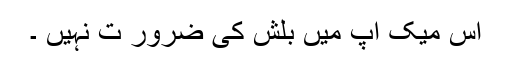
اس میک اپ میں بلش کی ضرور ت نہیں ۔